Indian journal of veterinary science and animal husbandry - Volume 2,
Year: 1932
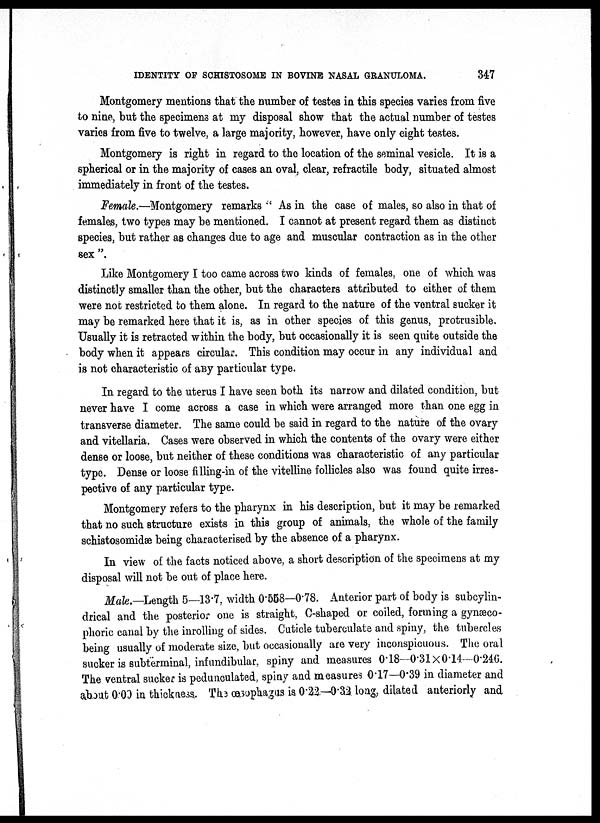
IDENTITY OF SCHISTOSOME IN BOVINE NASAL GRANULOMA.
347
Montgomery mentions that the number of testes in this species varies from five
to nine, but the specimens at my disposal show that the actual number of testes
varies from five to twelve, a large majority, however, have only eight testes.
Montgomery is right in regard to the location of the seminal vesicle. It is a
spherical or in the majority of cases an oval, clear, refractile body, situated almost
immediately in front of the testes.
Female.—Montgomery remarks " As in the case of males, so also in that of
females, two types may be mentioned. I cannot at present regard them as distinct
species, but rather as changes due to age and muscular contraction as in the other
sex ".
Like Montgomery I too came across two kinds of females, one of which was
distinctly smaller than the other, but the characters attributed to either of them
were not restricted to them alone. In regard to the nature of the ventral sucker it
may be remarked here that it is, as in other species of this genus, protrusible.
Usually it is retracted within the body, but occasionally it is seen quite outside the
body when it appears circular. This condition may occur in any individual and
is not characteristic of aBy particular type.
In regard to the uterus I have seen both its narrow and dilated condition, but
never have I come across a case in which were arranged more than one egg in
transverse diameter. The same could be said in regard to the nature of the ovary
and vitellaria. Cases were observed in which the contents of the ovary were either
dense or loose, but neither of these conditions was characteristic of any particular
type. Dense or loose filling-in of the vitelline follicles also was found quite irres-
pective of any particular type.
Montgomery refers to the pharynx in his description, but it may be remarked
that no such structure exists in this group of animals, the whole of the family
schistosomidæ being characterised by the absence of a pharynx.
In view of the facts noticed above, a short description of the specimens at my
disposal will not be out of place here.
Male.—Length 5—13.7, width 0.558—0.78. Anterior part of body is subcylin¬
drical and the posterior one is straight, C-shaped or coiled, forming a gynæco¬
phoric canal by the inrolling of sides. Cuticle tuberculate and spiny, the tubercles
being usually of moderate size, but occasionally are very inconspicuous. The oral
sucker is subtërminal, infundibular, spiny and measures 0.18—0.31×0.14—0.246.
The ventral sucker is pedunculated, spiny and measures 0.17—0.39 in diameter and
about 0.09 in thickness. The œsophagus is 0.22—0.32 long, dilated anteriorly and